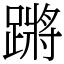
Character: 蹡